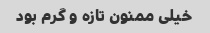
خیلی ممنون تازه و گرم بود